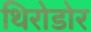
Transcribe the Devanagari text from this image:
थिरोडोर